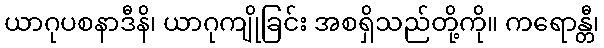
ယာဂုပစနာဒီနိ၊ ယာဂုကျိုခြင်း အစရှိသည်တို့ကို။ ကရောန္တီ၊